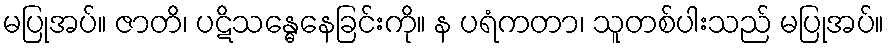
မပြုအပ်။ ဇာတိ၊ ပဋိသန္ဓေနေခြင်းကို။ န ပရံကတာ၊ သူတစ်ပါးသည် မပြုအပ်။